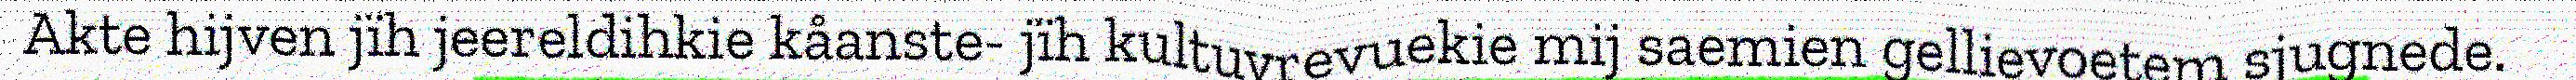
Akte hijven jïh jeereldihkie kåanste- jïh kultuvrevuekie mij saemien gellievoetem sjugnede.